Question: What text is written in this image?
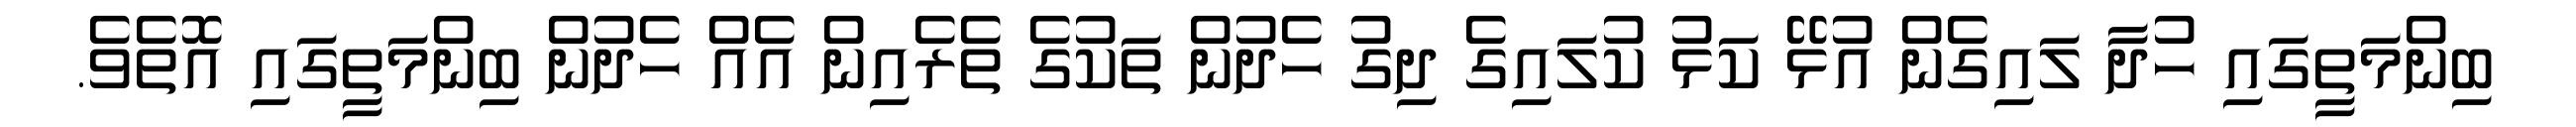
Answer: ބިންމަތީގައި ހުދާ ލައިގެން އުޅޭ ކަޅު ކުލައިގެ ދިގު ހެދުން ތަކުގެ ތެރެއިން އެއް ހެދުން ބިންމަތީގައި އޮތެވެ.